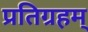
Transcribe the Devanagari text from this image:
प्रतिग्रहम्